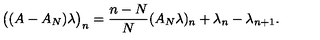
\bigl ( ( A - A _ { N } ) \lambda \bigr ) _ { n } = \frac { n - N } { N } ( A _ { N } \lambda ) _ { n } + \lambda _ { n } - \lambda _ { n + 1 } .